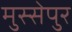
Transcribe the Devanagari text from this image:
मुस्सेपुर